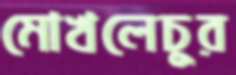
মোখলেচুর